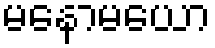
မနောမယော